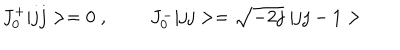
LaTeX: J _ { 0 } ^ { + } | j j > = 0 \; , \; \; J _ { 0 } ^ { - } | j j > = \sqrt { - 2 j } \; | j j - 1 >